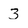
Character: 3